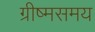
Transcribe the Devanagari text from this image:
ग्रीष्मसमय